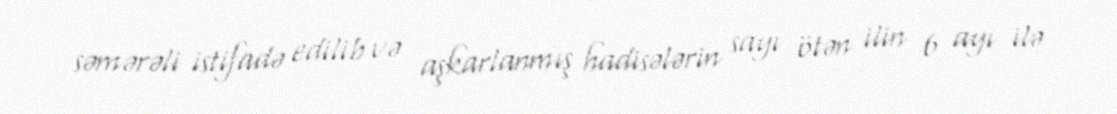
səmərəli istifadə edilib və aşkarlanmış hadisələrin sayı ötən ilin 6 ayı ilə